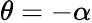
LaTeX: \theta=-\alpha